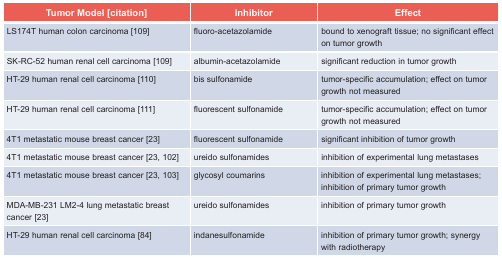
<table><thead><tr><td><b>Tumor Model [citation]</b></td><td><b>Inhibitor</b></td><td><b>Effect</b></td></tr></thead><tbody><tr><td>LS174T human colon carcinoma [109]</td><td>fluoro-acetazolamide</td><td>bound to xenograft tissue; no significant effect on tumor growth</td></tr><tr><td>SK-RC-52 human renal cell carcinoma [109]</td><td>albumin-acetazolamide</td><td>significant reduction in tumor growth</td></tr><tr><td>HT-29 human renal cell carcinoma [110]</td><td>bis sulfonamide</td><td>tumor-specific accumulation; effect on tumor growth not measured</td></tr><tr><td>HT-29 human renal cell carcinoma [111]</td><td>fluorescent sulfonamide</td><td>tumor-specific accumulation; effect on tumor growth not measured</td></tr><tr><td>4T1 metastatic mouse breast cancer [23]</td><td>fluorescent sulfonamide</td><td>significant inhibition of tumor growth</td></tr><tr><td>4T1 metastatic mouse breast cancer [23, 102]</td><td>ureido sulfonamides</td><td>inhibition of experimental lung metastases</td></tr><tr><td>4T1 metastatic mouse breast cancer [23, 103]</td><td>glycosyl coumarins</td><td>inhibition of experimental lung metastases; inhibition of primary tumor growth</td></tr><tr><td>MDA-MB-231 LM2-4 lung metastatic breast cancer [23]</td><td>ureido sulfonamides</td><td>inhibition of primary tumor growth</td></tr><tr><td>HT-29 human renal cell carcinoma [84]</td><td>indanesulfonamide</td><td>inhibition of primary tumor growth; synergy with radiotherapy</td></tr></tbody></table>